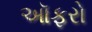
ઑફરો